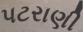
પટરાણી